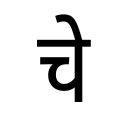
OCR:
चे